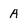
Character: A